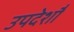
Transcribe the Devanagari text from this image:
उपदेशौं